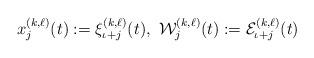
LaTeX: \begin{align*}x^{(k,\ell)}_{j}(t):= \xi^{(k,\ell)}_{\iota+j}(t),\ \mathcal{W}^{(k,\ell)}_{j}(t):=\mathcal{E}^{(k,\ell)}_{\iota+j}(t)\end{align*}